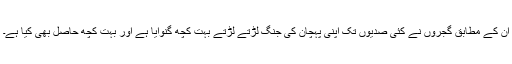
ان کے مطابق گجروں نے کئی صدیوں تک اپنی پہچان کی جنگ لڑتے لڑتے بہت کچھ گنوایا ہے اور بہت کچھ حاصل بھی کیا ہے۔